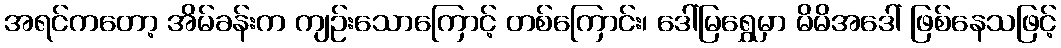
အရင်ကတော့ အိမ်ခန်းက ကျဉ်းသောကြောင့် တစ်ကြောင်း၊ ဒေါ်မြရွှေမှာ မိမိအဒေါ် ဖြစ်နေသဖြင့်